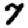
Digit: 7